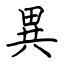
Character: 異